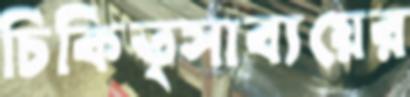
চিকিত্সাব্যয়ের